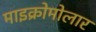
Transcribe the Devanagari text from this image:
माइक्रोमोलार